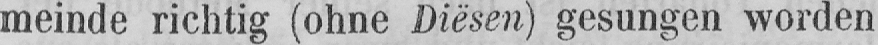
meinde richtig (ohne Diësen) gesungen worden